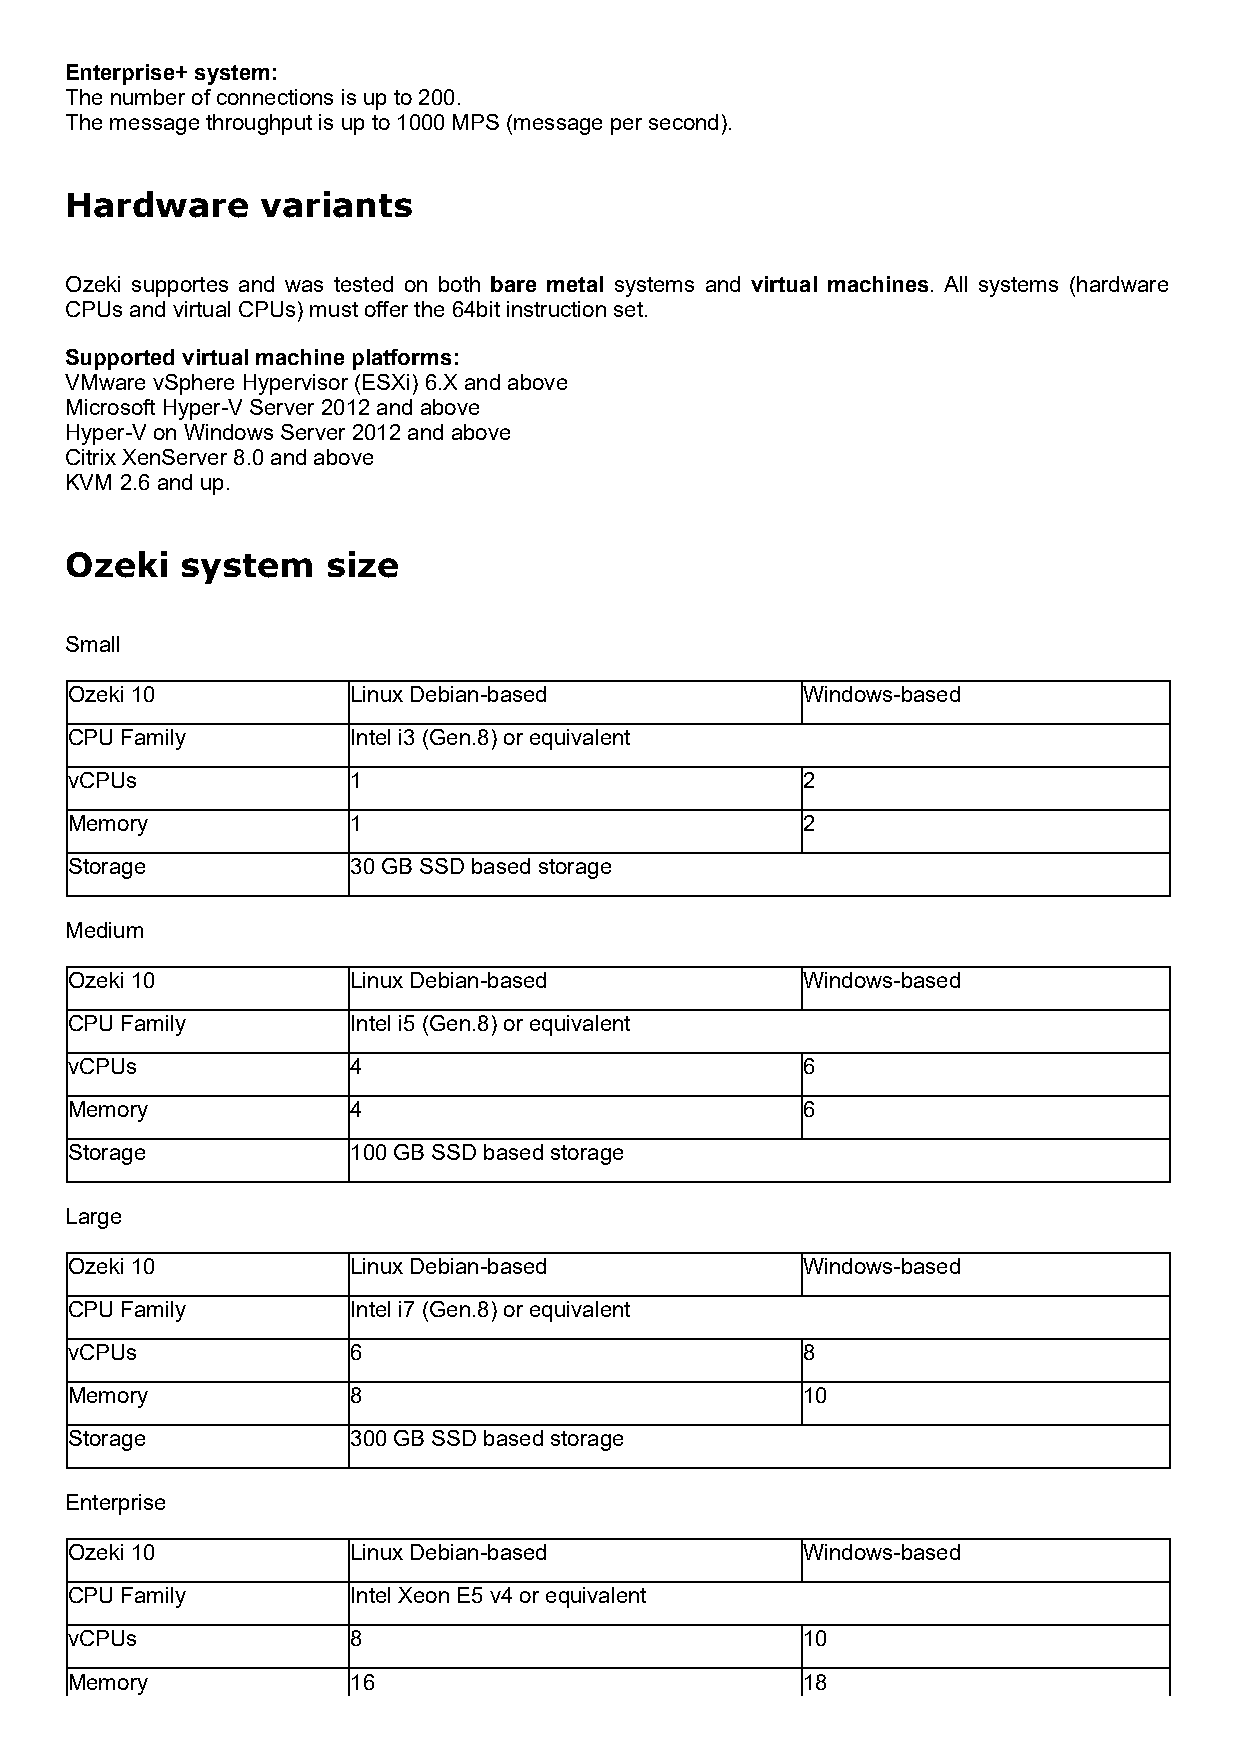
Enterprise+ system:
 The number of connections is up to 200.
 The message throughput is up to 1000 MPS (message per second).
 Hardware     variants
 Ozeki supportes and was tested on both bare metal systems and virtual machines. All systems (hardware
 CPUs and virtual CPUs) must offer the 64bit instruction set.
 Supported virtual machine platforms:
 VMware vSphere Hypervisor (ESXi) 6.X and above
 Microsoft Hyper-V Server 2012 and above
 Hyper-V on Windows Server 2012 and above
 Citrix XenServer 8.0 and above
 KVM 2.6 and up.
 Ozeki   system    size
 Small
 Ozeki 10          Linux Debian-based            Windows-based
 CPU Family        Intel i3 (Gen.8) or equivalent
 vCPUs             1                             2
 Memory            1                             2
 Storage           30 GB SSD based storage
 Medium
 Ozeki 10          Linux Debian-based            Windows-based
 CPU Family        Intel i5 (Gen.8) or equivalent
 vCPUs             4                             6
 Memory            4                             6
 Storage           100 GB SSD based storage
 Large
 Ozeki 10          Linux Debian-based            Windows-based
 CPU Family        Intel i7 (Gen.8) or equivalent
 vCPUs             6                             8
 Memory            8                             10
 Storage           300 GB SSD based storage
 Enterprise
 Ozeki 10          Linux Debian-based            Windows-based
 CPU Family        Intel Xeon E5 v4 or equivalent
 vCPUs             8                             10
 Memory            16                            18